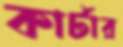
কার্টার